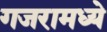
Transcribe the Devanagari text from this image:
गजरामध्ये